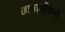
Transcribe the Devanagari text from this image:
छात्राओंवाली